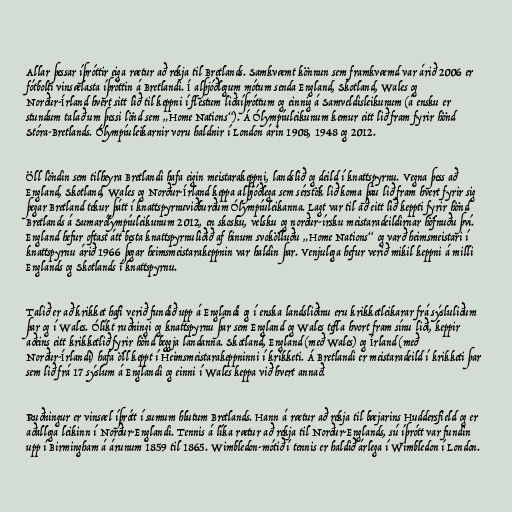
Allar þessar íþróttir eiga rætur að rekja til Bretlands. Samkvæmt könnun sem framkvæmd var árið 2006 er
fótbolti vinsælasta íþróttin á Bretlandi. Í alþjóðlegum mótum senda England, Skotland, Wales og
Norður-Írland hvert sitt lið til keppni í flestum liðaíþróttum og einnig á Samveldisleikunum (á ensku er
stundum talað um þessi lönd sem „Home Nations“). Á Ólympíuleikunum kemur eitt lið fram fyrir hönd
Stóra-Bretlands. Ólympíuleikarnir voru haldnir í London árin 1908, 1948 og 2012.

Öll löndin sem tilheyra Bretlandi hafa eigin meistarakeppni, landslið og deild í knattspyrnu. Vegna þess að
England, Skotland, Wales og Norður-Írland keppa alþjóðlega sem sérstök lið koma þau lið fram hvert fyrir sig
þegar Bretland tekur þátt í knattspyrnuviðburðum Ólympíuleikanna. Lagt var til að eitt lið keppti fyrir hönd
Bretlands á Sumarólympíuleikunum 2012, en skosku, velsku og norður-írsku meistaradeildirnar höfnuðu því.
England hefur oftast átt besta knattspyrnuliðið af hinum svokölluðu „Home Nations“ og varð heimsmeistari í
knattspyrnu árið 1966 þegar heimsmeistarakeppnin var haldin þar. Venjulega hefur verið mikil keppni á milli
Englands og Skotlands í knattspyrnu.

Talið er að krikket hafi verið fundið upp á Englandi og í enska landsliðinu eru krikketleikarar frá sýsluliðum
þar og í Wales. Ólíkt ruðningi og knattspyrnu þar sem England og Wales tefla hvort fram sínu liði, keppir
aðeins eitt krikketlið fyrir hönd beggja landanna. Skotland, England (með Wales) og Írland (með
Norður-Írlandi) hafa öll keppt í Heimsmeistarakeppninni í krikketi. Á Bretlandi er meistaradeild í krikketi þar
sem lið frá 17 sýslum á Englandi og einni í Wales keppa við hvert annað.

Ruðningur er vinsæl íþrótt í sumum hlutum Bretlands. Hann á rætur að rekja til bæjarins Huddersfield og er
aðallega leikinn í Norður-Englandi. Tennis á líka rætur að rekja til Norður-Englands, sú íþrótt var fundin
upp í Birmingham á árunum 1859 til 1865. Wimbledon-mótið í tennis er haldið árlega í Wimbledon í London.